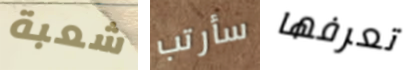
شعبة سأرتب تعرفها